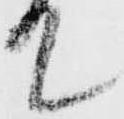
て